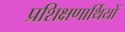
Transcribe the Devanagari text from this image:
प्रशिक्षणार्थियों